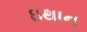
ઇથાન